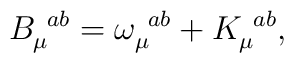
B_{\mu }^{\,\,\,ab}=\omega _{\mu }^{\,\,\,ab}+K_{\mu }^{\,\,\,ab},